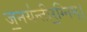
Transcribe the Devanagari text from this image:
ज॒नय॑न्तीर॒ग्निम्।